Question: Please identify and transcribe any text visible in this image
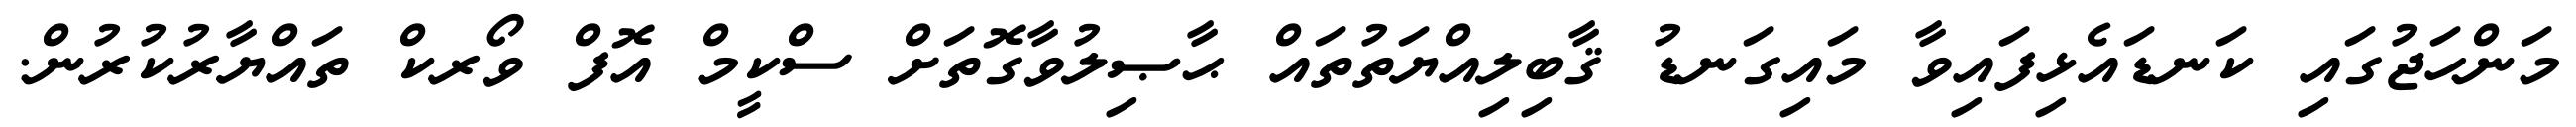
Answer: މަންހަޖުގައި ކަނޑައެޅިފައިވާ މައިގަނޑު ޤާބިލިއްޔަތުތައް ޙާޞިލުވާގޮތަށް ސްކީމް އޮފް ވޯރކް ތައްޔާރުކުރުން.